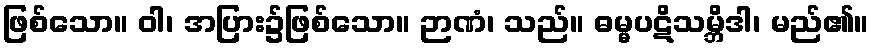
ဖြစ်သော။ ဝါ၊ အပြား၌ဖြစ်သော။ ဉာဏံ၊ သည်။ ဓမ္မပဋိသမ္ဘိဒါ၊ မည်၏။